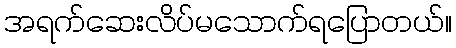
အရက်ဆေးလိပ်မသောက်ရပြောတယ်။